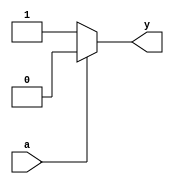
module cmos_not_gate (
    input wire a,
    output wire y
);

assign y = a ? 0 : 1;

endmodule